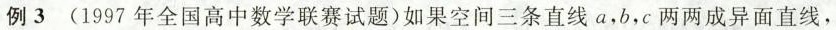
例3（1997年全国高中数学联赛试题）如果空间三条直线a，b，c两两成异面直线，